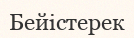
Бейістерек